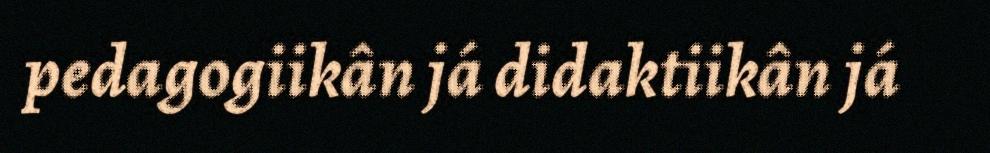
pedagogiikân já didaktiikân já